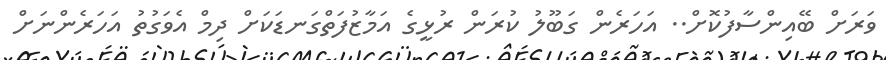
ވަރަށް ބޭއިންސާފުކޮށް.. އަހަރެން ގަބޫލު ކުރަން ރުޅީގެ އަމާޒުފަތްގަނޑަކަށް ދިމް އެވަގުތު އަހަރެންނަށް